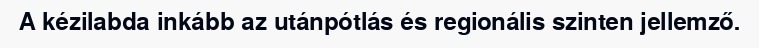
A kézilabda inkább az utánpótlás és regionális szinten jellemző.